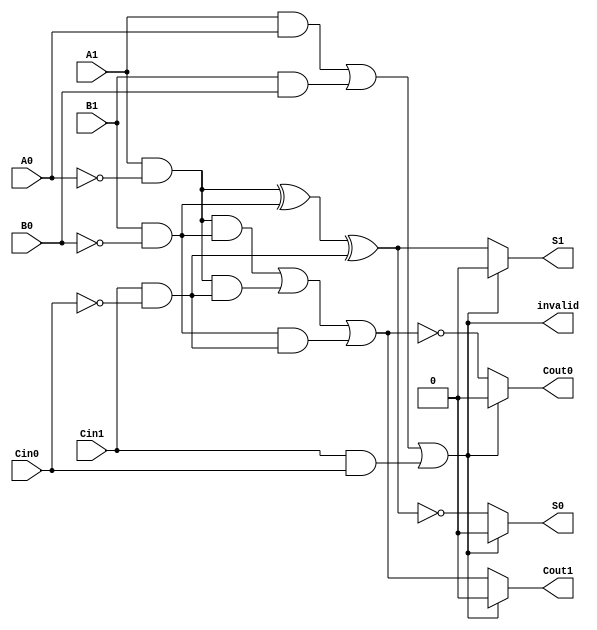
module DualRailFullAdder (
    input  wire A1, A0,   // Dual-rail input for A
    input  wire B1, B0,   // Dual-rail input for B
    input  wire Cin1, Cin0, // Dual-rail input for Cin
    output reg  S1, S0,   // Dual-rail output for Sum
    output reg  Cout1, Cout0, // Dual-rail output for Carry Out
    output wire invalid    // Output flag for invalid state
);

// Invalid state logic
assign invalid = (A1 & A0) | (B1 & B0) | (Cin1 & Cin0); // Invalid if both rails are high for any input

// Internal signals for single-bit operations
wire A, B, Cin;

// Decode dual-rail inputs
assign A = A1 & ~A0; // A = 1 for A1=1, A0=0, A = 0 for A1=0, A0=1
assign B = B1 & ~B0; // B = 1 for B1=1, B0=0, B = 0 for B1=0, B0=1
assign Cin = Cin1 & ~Cin0; // Cin = 1 for Cin1=1, Cin0=0, Cin = 0 for Cin1=0, Cin0=1

// Sum calculation using XOR
always @* begin
    if (~invalid) begin
        S1 = (A ^ B) ^ Cin; // S1 = A XOR B XOR Cin
        S0 = ~(S1); // S0 is the complement of S1
    end else begin
        S1 = 1'b0; // Default to invalid state
        S0 = 1'b0; // Default to invalid state
    end
end

// Carry calculation using majority function
always @* begin
    if (~invalid) begin
        Cout1 = (A & B) | (A & Cin) | (B & Cin); // Majority outputs for Cout = 1
        Cout0 = ~(Cout1); // Cout0 is the complement of Cout1
    end else begin
        Cout1 = 1'b0; // Default to invalid state
        Cout0 = 1'b0; // Default to invalid state
    end
end

endmodule